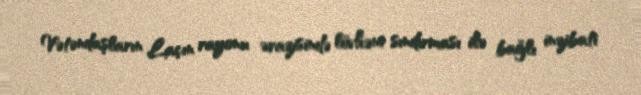
Vətəndaşların Laçın rayonu ərazisində lövhəni sındırması ilə bağlı inzibati